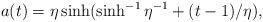
LaTeX: \begin{align*}a(t) = \eta \sinh(\sinh^{-1}\eta^{-1} + (t-1)/\eta), \end{align*}